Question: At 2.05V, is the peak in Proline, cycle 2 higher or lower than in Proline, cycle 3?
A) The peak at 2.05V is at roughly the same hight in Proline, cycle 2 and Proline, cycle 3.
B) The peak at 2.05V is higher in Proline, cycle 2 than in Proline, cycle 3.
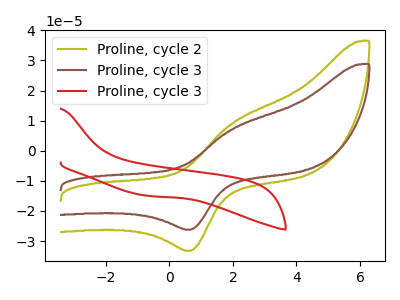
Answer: <think>The olive curve "Proline, cycle 2" has an anodic peak at (2.05V, 9.50uA) and a cathodic peak at (0.70V, -33.25uA). The brown curve "Proline, cycle 3" has an anodic peak at (2.05V, 7.50uA) and a cathodic peak at (0.70V, -26.20uA). The red curve "Proline, cycle 3" has no peaks.</think>
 <answer>B) The peak at 2.05V is higher in "Proline, cycle 2" than in "Proline, cycle 3".</answer>
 <eval>B</eval>